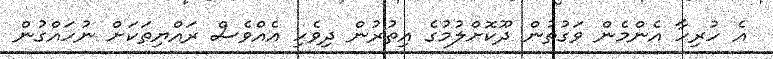
އެ ހުރިހާ އެންމެން ވަގުތުން ދޫކޮށްލުމުގެ އިތުރުން ދިވެހި އެއްވެސް ރައްޔިތަކަށް ނުހައްގުން